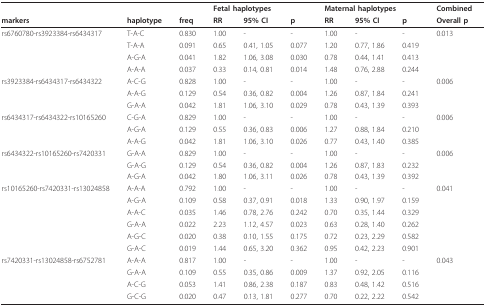
<table><thead><tr><td></td><td></td><td></td><td colspan="3"><b>Fetal haplotypes</b></td><td colspan="3"><b>Maternal haplotypes</b></td><td><b>Combined</b></td></tr><tr><td><b>markers</b></td><td><b>haplotype</b></td><td><b>freq</b></td><td><b>RR</b></td><td><b>95% CI</b></td><td><b>p</b></td><td><b>RR</b></td><td><b>95% CI</b></td><td><b>p</b></td><td><b>Overall p</b></td></tr></thead><tbody><tr><td>rs6760780-rs3923384-rs6434317</td><td>T-A-C</td><td>0.830</td><td>1.00</td><td>-</td><td>-</td><td>1.00</td><td>-</td><td>-</td><td>0.013</td></tr><tr><td></td><td>T-A-A</td><td>0.091</td><td>0.65</td><td>0.41, 1.05</td><td>0.077</td><td>1.20</td><td>0.77, 1.86</td><td>0.419</td><td></td></tr><tr><td></td><td>A-G-A</td><td>0.041</td><td>1.82</td><td>1.06, 3.08</td><td>0.030</td><td>0.78</td><td>0.44, 1.41</td><td>0.413</td><td></td></tr><tr><td></td><td>A-A-A</td><td>0.037</td><td>0.33</td><td>0.14, 0.81</td><td>0.014</td><td>1.48</td><td>0.76, 2.88</td><td>0.244</td><td></td></tr><tr><td>rs3923384-rs6434317-rs6434322</td><td>A-C-G</td><td>0.828</td><td>1.00</td><td>-</td><td>-</td><td>1.00</td><td>-</td><td>-</td><td>0.006</td></tr><tr><td></td><td>A-A-G</td><td>0.129</td><td>0.54</td><td>0.36, 0.82</td><td>0.004</td><td>1.26</td><td>0.87, 1.84</td><td>0.241</td><td></td></tr><tr><td></td><td>G-A-A</td><td>0.042</td><td>1.81</td><td>1.06, 3.10</td><td>0.029</td><td>0.78</td><td>0.43, 1.39</td><td>0.393</td><td></td></tr><tr><td>rs6434317-rs6434322-rs10165260</td><td>C-G-A</td><td>0.829</td><td>1.00</td><td>-</td><td>-</td><td>1.00</td><td>-</td><td>-</td><td>0.006</td></tr><tr><td></td><td>A-G-A</td><td>0.129</td><td>0.55</td><td>0.36, 0.83</td><td>0.006</td><td>1.27</td><td>0.88, 1.84</td><td>0.210</td><td></td></tr><tr><td></td><td>A-A-G</td><td>0.042</td><td>1.81</td><td>1.06, 3.10</td><td>0.026</td><td>0.77</td><td>0.43, 1.40</td><td>0.385</td><td></td></tr><tr><td>rs6434322-rs10165260-rs7420331</td><td>G-A-A</td><td>0.829</td><td>1.00</td><td>-</td><td>-</td><td>1.00</td><td>-</td><td>-</td><td>0.006</td></tr><tr><td></td><td>G-A-G</td><td>0.129</td><td>0.54</td><td>0.36, 0.82</td><td>0.004</td><td>1.26</td><td>0.87, 1.83</td><td>0.232</td><td></td></tr><tr><td></td><td>A-G-A</td><td>0.042</td><td>1.80</td><td>1.06, 3.11</td><td>0.026</td><td>0.78</td><td>0.43, 1.39</td><td>0.392</td><td></td></tr><tr><td>rs10165260-rs7420331-rs13024858</td><td>A-A-A</td><td>0.792</td><td>1.00</td><td>-</td><td>-</td><td>1.00</td><td>-</td><td>-</td><td>0.041</td></tr><tr><td></td><td>A-G-A</td><td>0.109</td><td>0.58</td><td>0.37, 0.91</td><td>0.018</td><td>1.33</td><td>0.90, 1.97</td><td>0.159</td><td></td></tr><tr><td></td><td>A-A-C</td><td>0.035</td><td>1.46</td><td>0.78, 2.76</td><td>0.242</td><td>0.70</td><td>0.35, 1.44</td><td>0.329</td><td></td></tr><tr><td></td><td>G-A-A</td><td>0.022</td><td>2.23</td><td>1.12, 4.57</td><td>0.023</td><td>0.63</td><td>0.28, 1.40</td><td>0.262</td><td></td></tr><tr><td></td><td>A-G-C</td><td>0.020</td><td>0.38</td><td>0.10, 1.55</td><td>0.175</td><td>0.72</td><td>0.23, 2.29</td><td>0.582</td><td></td></tr><tr><td></td><td>G-A-C</td><td>0.019</td><td>1.44</td><td>0.65, 3.20</td><td>0.362</td><td>0.95</td><td>0.42, 2.23</td><td>0.901</td><td></td></tr><tr><td>rs7420331-rs13024858-rs6752781</td><td>A-A-A</td><td>0.817</td><td>1.00</td><td>-</td><td>-</td><td>1.00</td><td>-</td><td>-</td><td>0.043</td></tr><tr><td></td><td>G-A-A</td><td>0.109</td><td>0.55</td><td>0.35, 0.86</td><td>0.009</td><td>1.37</td><td>0.92, 2.05</td><td>0.116</td><td></td></tr><tr><td></td><td>A-C-G</td><td>0.053</td><td>1.41</td><td>0.86, 2.38</td><td>0.187</td><td>0.83</td><td>0.48, 1.42</td><td>0.516</td><td></td></tr><tr><td></td><td>G-C-G</td><td>0.020</td><td>0.47</td><td>0.13, 1.81</td><td>0.277</td><td>0.70</td><td>0.22, 2.22</td><td>0.542</td><td></td></tr></tbody></table>